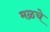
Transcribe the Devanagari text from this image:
मळचे